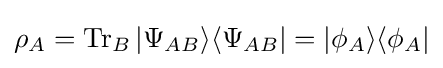
\rho _{A}=\operatorname {Tr} _{B}|\Psi _{AB}\rangle \langle \Psi _{AB}|=|\phi _{A}\rangle \langle \phi _{A}|